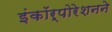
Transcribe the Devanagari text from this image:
इंकॉर्पोरेशनने